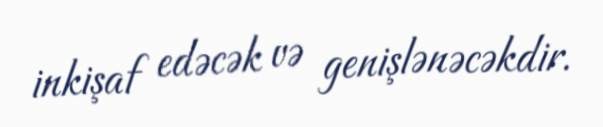
inkişaf edəcək və genişlənəcəkdir.